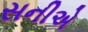
સનીએ